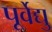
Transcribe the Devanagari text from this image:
पूर्वेद्यु